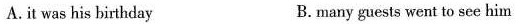
A.it was his birthday B. many guests went to see him